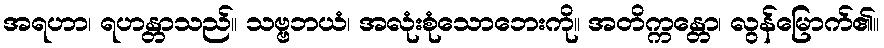
အရဟာ၊ ရဟန္တာသည်။ သဗ္ဗဘယံ၊ အလုံးစုံသောဘေးကို။ အတိက္ကန္တော၊ လွန်မြောက်၏။